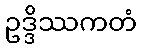
ဥဒ္ဒိဿကတံ